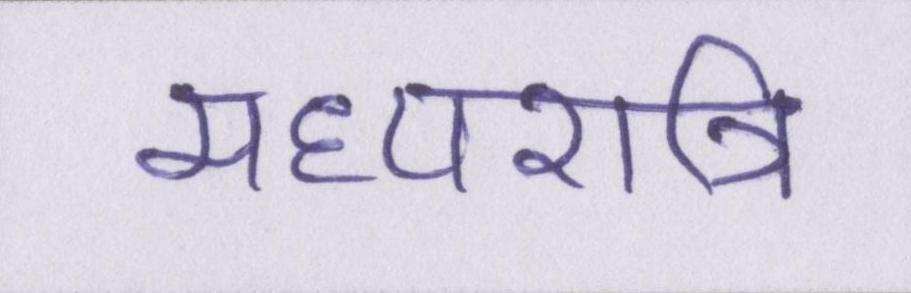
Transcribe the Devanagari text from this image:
मध्यरात्रि